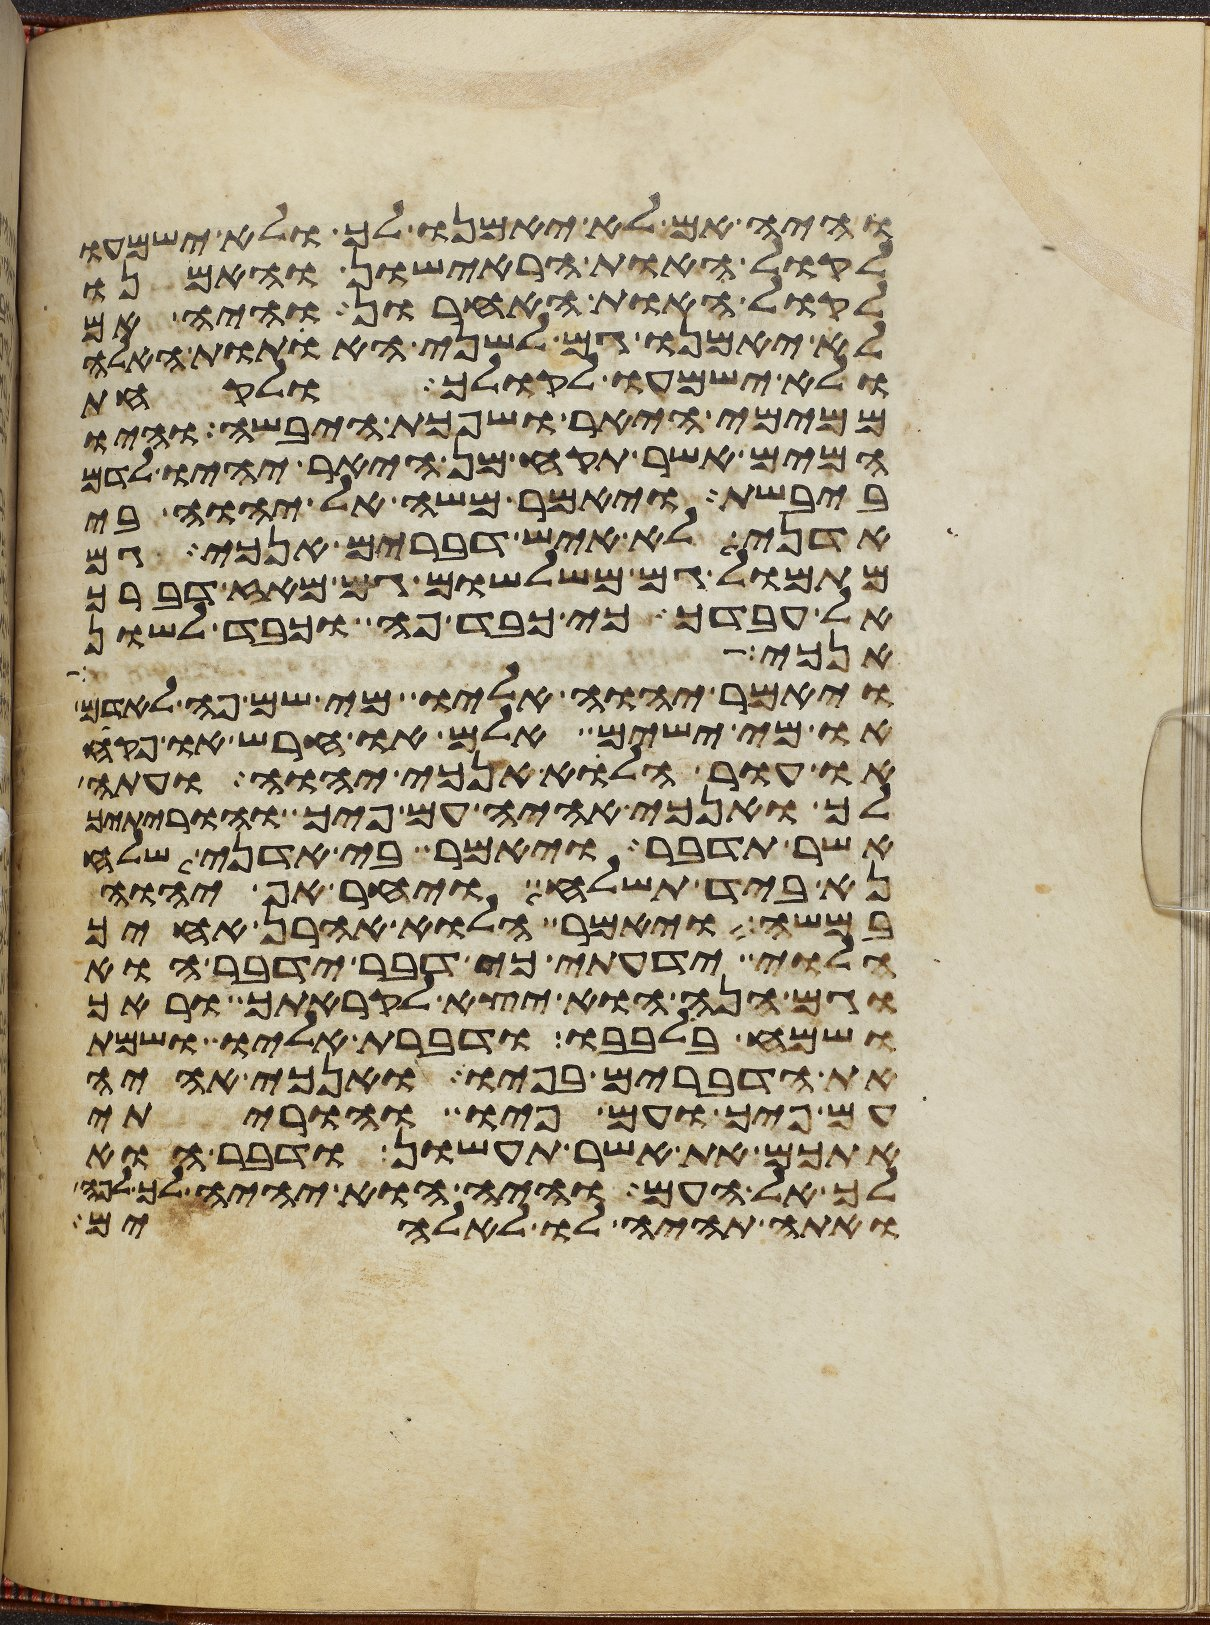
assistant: והיה אם לא יאמנו לך ולא ישמעו
לקול האות הראישון והאמנו
לקול האות האחרון והיה אם
לא יאמנו גם לשני האתות האלה
ולא ישמעו לקולך ולקחת
ממימי היאר ושפכת היבשה והיו
המים אשר תקח מן היאר יהיו לדם
ביבשת ויאמר משה אל יהוה בי
אדני לא איש דברים אנכי גם
מתמול גם משלשום גם מאז דברך
אל עבדך כי כבד פה וכבד לשון
אנכי ותלך
ויאמר יהוה אליו מי שם פה לאדם
או מי ישים אלם או חרש או פקח
או עור הלוא אנכי יהוה ועתה
לך ואנכי אהיה עם פיך והוריתיך
אשר תדבר ויאמר בי אדני שלח
נא ביד תשלח ויחר אף יהוה
במשה ויאמר הלוא אהרן אחיך
הלוי ידעתי כי דבר ידבר הוא
וגם הנה הוא יצא לקראתך וראך
ושמח בלבבו ודברת אליו ושמת
את הדברים בפיו ואנכי אהיה
עם פיך ועם פיו והוריתי
אתכם את אשר תעשון ודבר הוא
לך אל העם והיה הוא יהיה לך לפה
ואתה תהיה לו לאלהים